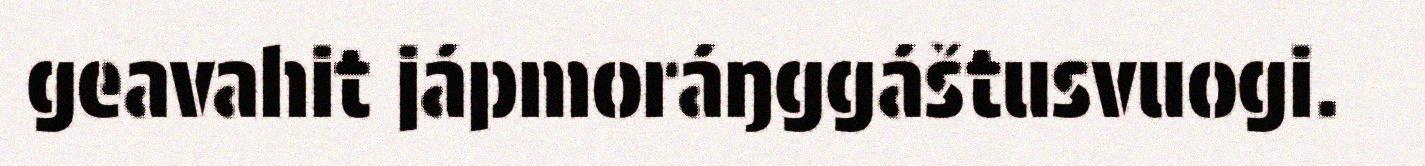
geavahit jápmoráŋggáštusvuogi.